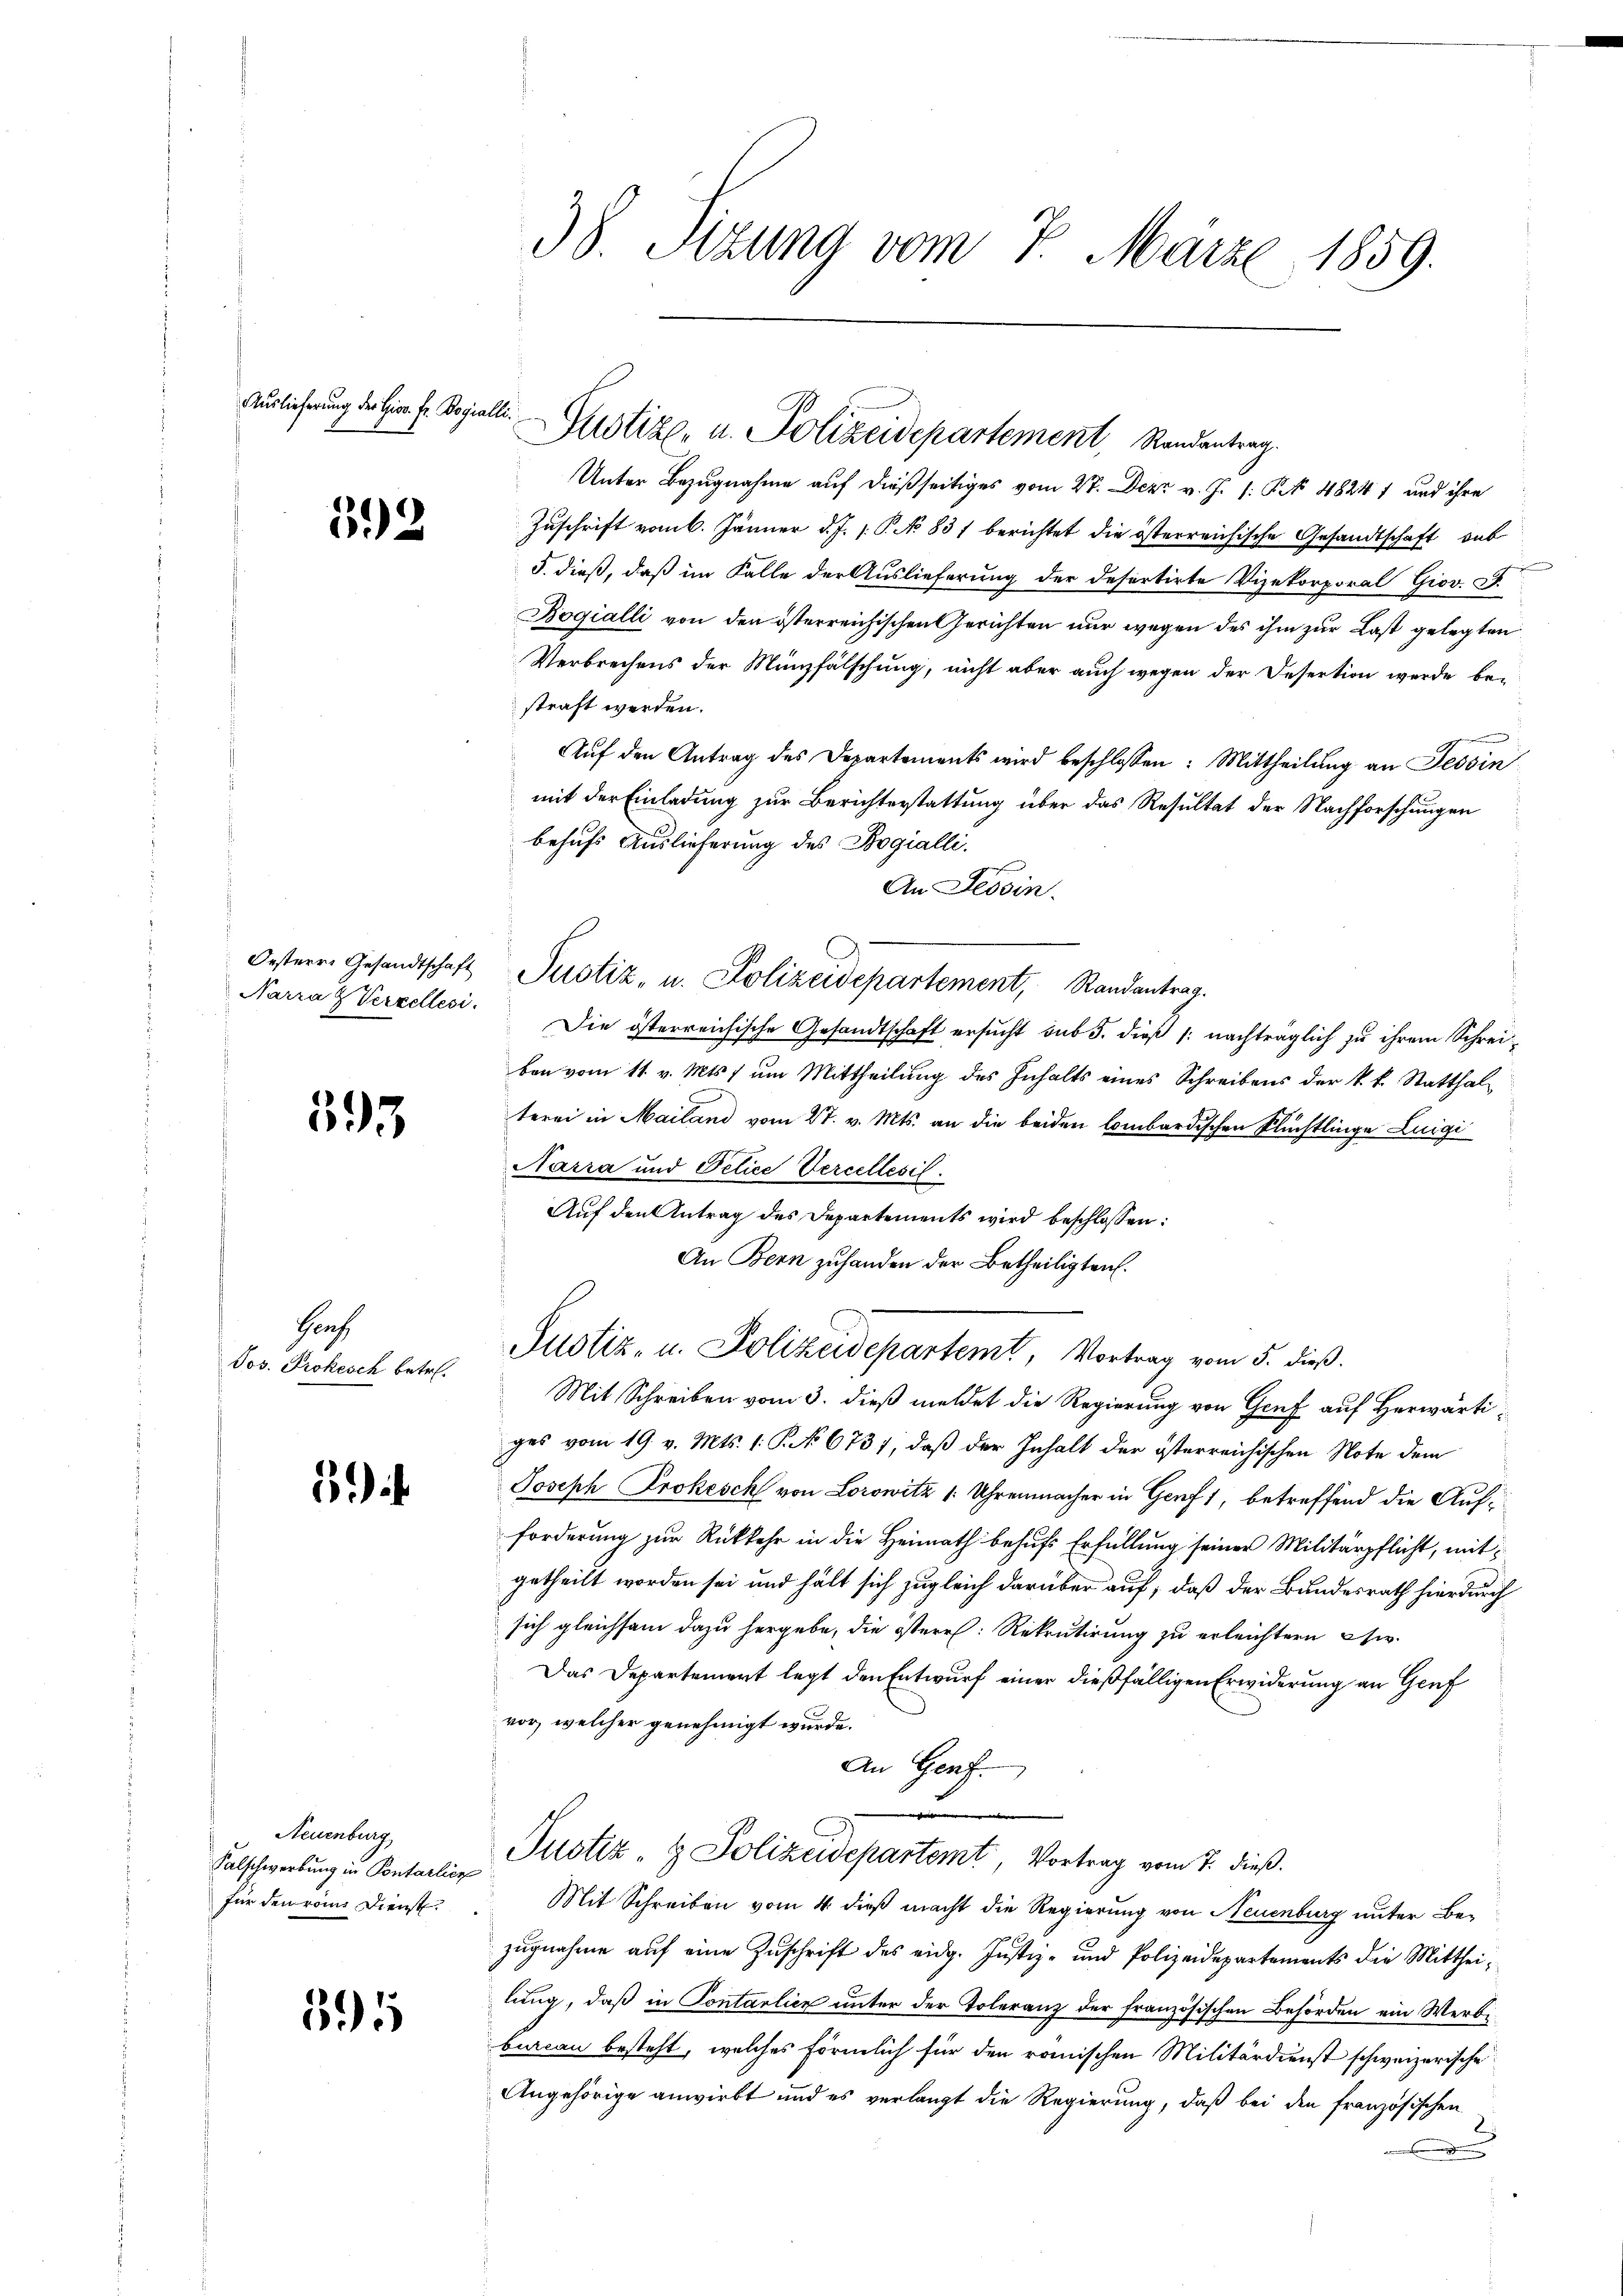
Auslieferung der Gior. Fr. Regial

592

Oesterr. Gesandtschaft

395

Prof.
Jos. Prokesch betr.

5

Neuenburg
Falschwerbung in Pontarlier
für den vom Dienst.

391

38. Sitzung vom 7. März 1859.

a Justiz- u. Polizeidepartement, Randantrag.

Unter Bezugnahme auf dießseitiges vom 27. Dez. v. J. 1. PR 48241 und ihre
Zuschrift vom 6. Jänner d. J. 1. P. No 831 berichtet die österreichische Gesandtschaft aus
5. dieß, daß im Falle der Auslieferung der defertirte Vizekorporal Giov. d.
Bogialli von den österreichischen Gerichten nur wegen des ihm zur Last gelegten
Verbrechens der Münzfälschung, nicht aber auch wegen der Desertion werde bestraft werden.
n
Aŭf den Antrag des Departements wird beschlossen: Mittheilŭng an Tessin
mit der Einladung zur Berichterstattung über das Resultat der Nachforschungen
behufs Auslieferung des Bogialli.
An Tessin.
Justiz- u. Polizeidepartement, Randantrag.
Narra & Verzellesi. Die österreichische Gesandtschaft ersŭcht sub 5. dies /: nachträglich zu ihrem Schreiben vom 11. v. Mts. um Mittheilŭng des Inhalts eines Schreibens der k. k. Statthal
terei in Mailand vom 27. v. Mts. an die beiden lombardischen Flüchtlinge Luigi
Sarra und Petice Percellesil.
Aŭf den Antrag des Departements wird beschlossen:
An Bern zuhanden der Betheiligten.
Justiz- u. Polizeidepartemt, Vortrag vom 5. dieß.
Mit Schreiben vom 3. dieß meldet die Regierung von Gruf auf Herwärtiges vom 19. v. Mts. (: P. No 673, daß der Inhalt der österreichischen Note dem
Joseph Prokesch von Lorowitz /: Uhrenmacher in Genf), betreffend die Aufforderung zur Rückkehr in die Heimath behufs Erfüllung seiner Militärpflicht, mit
getheilt worden sei und hält sich zugleich darüber auf, daß der Bundesrath hierdurch
sich gleichsam dazu hergebe, die östere Rekrutirung zu erleichtern i
Das Departement legt den Entwurf einer dießfälligen Erwiderung an Genf
vor, welcher genehmigt wurde.
An Genf.
n
Justiz- & Polizeidepartemt, Vortrag vom 7. dieß.
Mit Schreiben vom 4. dieß macht die Regierung von Neuenburg unter Bezugnahme auf eine Zuschrift des eidg. Justiz- und Polizeidepartements die Mittheilung, daß in Contalien unter der Toleranz der französischen Behörden ein Werbi
bureau besteht, welches förmlich für den römischen Militärdienst schweizerische
Angehörige anwirkt und es verlangt die Regierung, daß bei den französischen